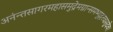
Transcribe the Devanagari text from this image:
अनंन्तसागरमहासमुद्रेमग्नान्समभ्युद्धरवासुदेव।